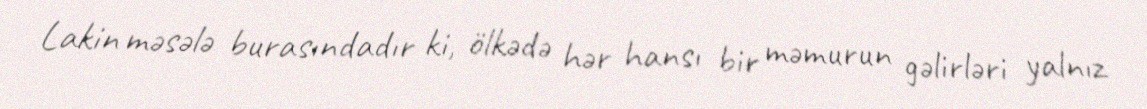
Lakin məsələ burasındadır ki, ölkədə hər hansı bir məmurun gəlirləri yalnız